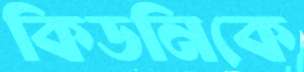
কিডনিকে